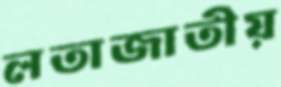
লতাজাতীয়